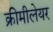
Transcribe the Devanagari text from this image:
क्रीमीलेयर